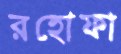
রহোফা